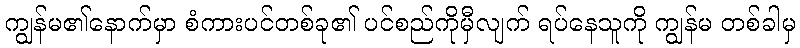
ကျွန်မ၏နောက်မှာ စံကားပင်တစ်ခု၏ ပင်စည်ကိုမှီလျက် ရပ်နေသူကို ကျွန်မ တစ်ခါမှ